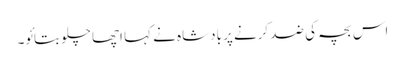
اس بچہ کی ضد کرنے پر بادشاہ نے کہا اچھا چلو بتائو۔